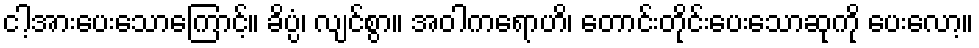
ငါ့အားပေးသောကြောင့်။ ခိပ္ပံ၊ လျင်စွာ။ အဝါကရောဟိ၊ တောင်းတိုင်းပေးသောဆုကို ပေးလော့။